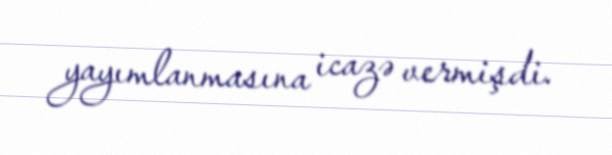
yayımlanmasına icazə vermişdi.